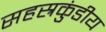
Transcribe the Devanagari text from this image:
सहस्रकुंडीय